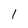
Character: l